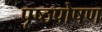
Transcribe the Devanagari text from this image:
पृष्ठपोषण